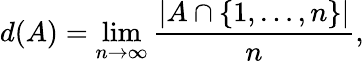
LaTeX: d(A)=\operatorname*{lim}_{n\to\infty}{\frac{|A\cap\{ 1,\dots,n\} |}{n}},